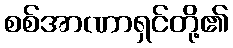
စစ်အာဏာရှင်တို့၏